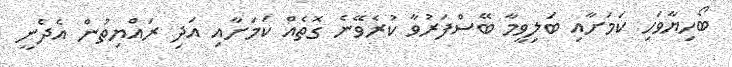
ބޯހިޔާވަހި ކަމަށާއި ބަލިވީމާ ބޭސްފަރުވާ ކުރެވޭނެ ގޮތެއް ކަމަށާއި އަދި ރައްޔިތުން އެދެނީ